Vaccination United Provinces of Agra and Oudh 1902-1913 - 1902-1913
Year: 1902
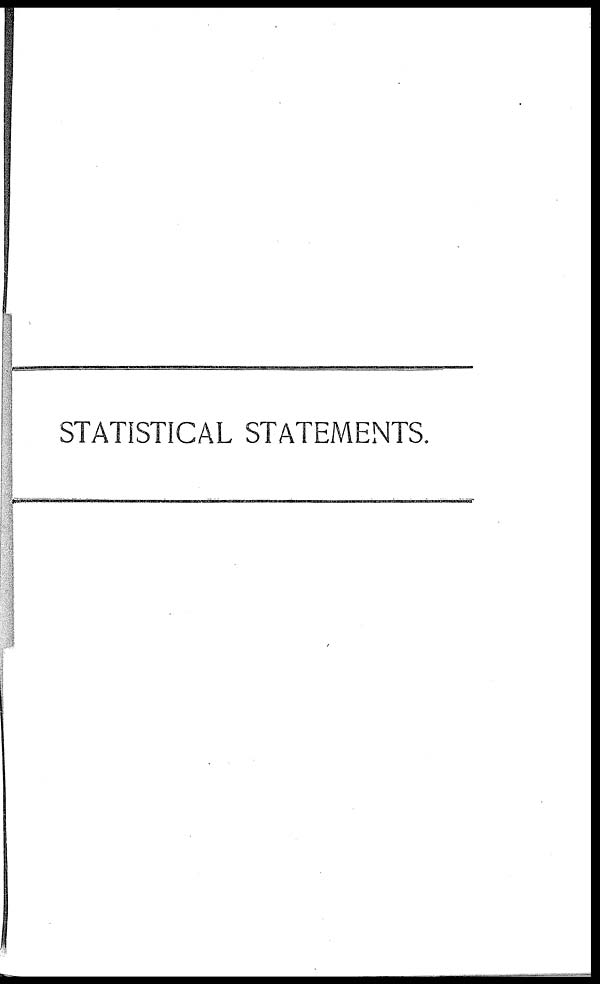
STATISTICAL STATEMENTS.